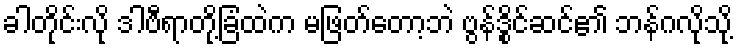
ခါတိုင်းလို ဒါဗီရာတို့ခြံထဲက မဖြတ်တော့ဘဲ ဗွန်ဒွိုင်ဆင်၏ ဘန်ဂလိုသို့